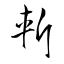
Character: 斬